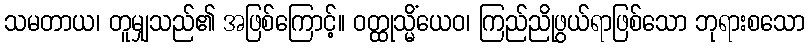
သမတာယ၊ တူမျှသည်၏ အဖြစ်ကြောင့်။ ဝတ္ထုသ္မိံယေဝ၊ ကြည်ညိုဖွယ်ရာဖြစ်သော ဘုရားစသော